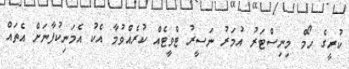
ކުރީގެ ހޯމް މިނިސްޓަރު އުމަރު ނަސީރު ޓްވީޓެއް ކުރެއްވުމާ އެކު އެމަނިކުފާނަށް އެތައް